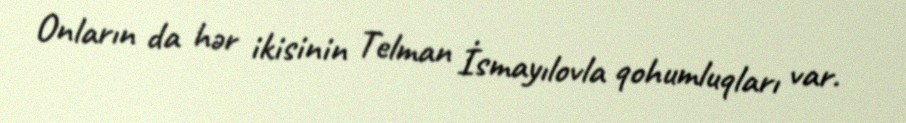
Onların da hər ikisinin Telman İsmayılovla qohumluqları var.